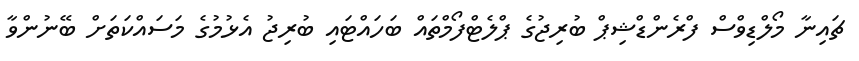
ޗައިނާ މޯލްޑިވްސް ފްރެންޑްޝިޕް ބުރިޖުގެ ޕްލެޓްފޯމްތައް ބަހައްޓައި ބުރިޖު އެޅުމުގެ މަސައްކަތަށް ބޭނުންވާ